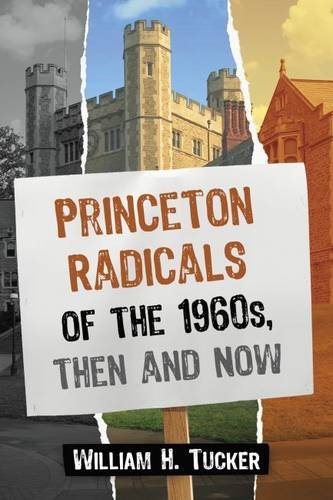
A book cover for Princeton Radicals of the 1960s, Then and Now; William H. Tucker; Biographies & Memoirs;